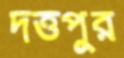
দত্তপুর